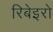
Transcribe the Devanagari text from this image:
रिबेइरो